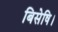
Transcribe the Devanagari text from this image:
बिसेषि।